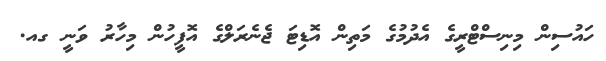
ހައުސިން މިނިސްޓްރީގެ އެދުމުގެ މަތިން އޮޑިޓަ ޖެނެރަލްގެ އޮފީހުން މިހާރު ވަނީ ގއ.